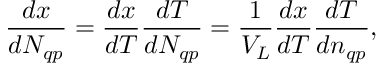
\frac { d x } { d N _ { q p } } = \frac { d x } { d T } \frac { d T } { d N _ { q p } } = \frac 1 { V _ { L } } \frac { d x } { d T } \frac { d T } { d n _ { q p } } ,